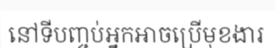
នៅទីបញ្ចប់អ្នកអាចប្រើមុខងារ